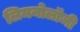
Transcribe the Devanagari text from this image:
लिमनोलॉजी